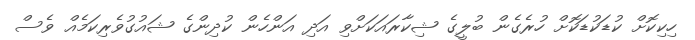
ހިކިކޮށް ކުޑަކުޑަކޮށް ހުރެގެން ބުލީގެ ޝިކާރައަކަށްވި އަދި އަންހެން ކުދިންގެ ޝައުގުވެރިކަމެއް ވެސް